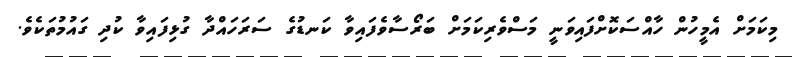
މިކަމަށް އެމީހުން ހާއްސަކޮށްފައިވަނީ މަސްވެރިކަމަށް ބަރޯސާވެފައިވާ ކަނޑުގެ ސަރަހައްދާ ގުޅިފައިވާ ކުދި ގައުމުތަކެވެ.